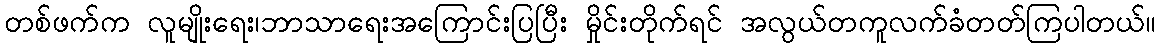
တစ်ဖက်က လူမျိုးရေး၊ဘာသာရေးအကြောင်းပြပြီး မှိုင်းတိုက်ရင် အလွယ်တကူလက်ခံတတ်ကြပါတယ်။